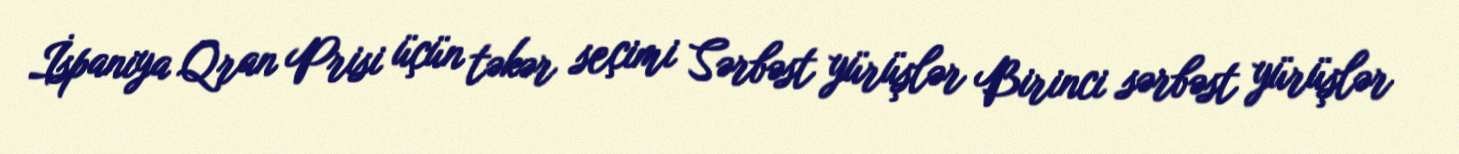
İspaniya Qran Prisi üçün təkər seçimi Sərbəst yürüşlər Birinci sərbəst yürüşlər